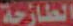
الطارحة